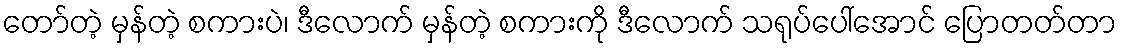
တော်တဲ့ မှန်တဲ့ စကားပဲ၊ ဒီလောက် မှန်တဲ့ စကားကို ဒီလောက် သရုပ်ပေါ်အောင် ပြောတတ်တာ